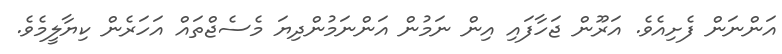
އަންނަން ފެށިއެވެ. އަރޫން ޖަހާފައި އިން ނަމުން އަންނަމުންދިޔަ މެސެޖްތައް އަހަރެން ކިޔާލީމެވެ.